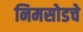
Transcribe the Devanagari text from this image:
निमसोडचे